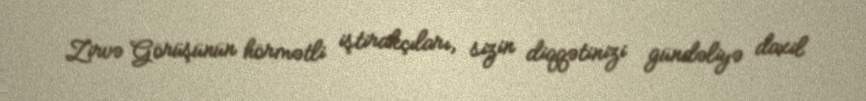
Zirvə Görüşünün hörmətli iştirakçıları, sizin diqqətinizi gündəliyə daxil